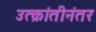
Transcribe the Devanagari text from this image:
उत्क्रांतीनंतर